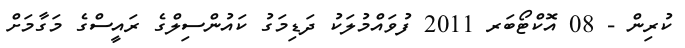
ކުރިން - 08 އޮކްޓޯބަރ 2011 ފުވައްމުލަކު ދަޑިމަގު ކައުންސިލްގެ ރައީސްގެ މަގާމަށް